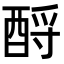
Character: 酹